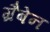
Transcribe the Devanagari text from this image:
ग्रैबेन